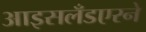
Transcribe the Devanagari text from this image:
आइसलँडएरने